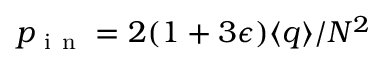
p _ { \mathrm { ~ i ~ n ~ } } = 2 ( 1 + 3 \epsilon ) \langle q \rangle / N ^ { 2 }